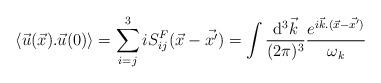
LaTeX: \begin{align*}\langle {\vec u}(\vec x).{\vec u}(0)\rangle =\sum_{i=j}^{3}iS_{ij}^{F}({\vec x}-{\vec {x^{\prime}}})=\int {{{\rm d}^{3}{\vec k}}\over{(2\pi)^{3}}}{{e^{i{\vec k}.({\vec x}-{\vec {x^{\prime}})}}\over{\omega_{k}}}}\end{align*}